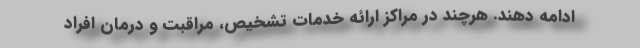
ادامه دهند. هرچند در مراکز ارائه خدمات تشخیص، مراقبت و درمان افراد